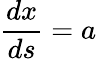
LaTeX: {\frac{dx}{ds}}=a